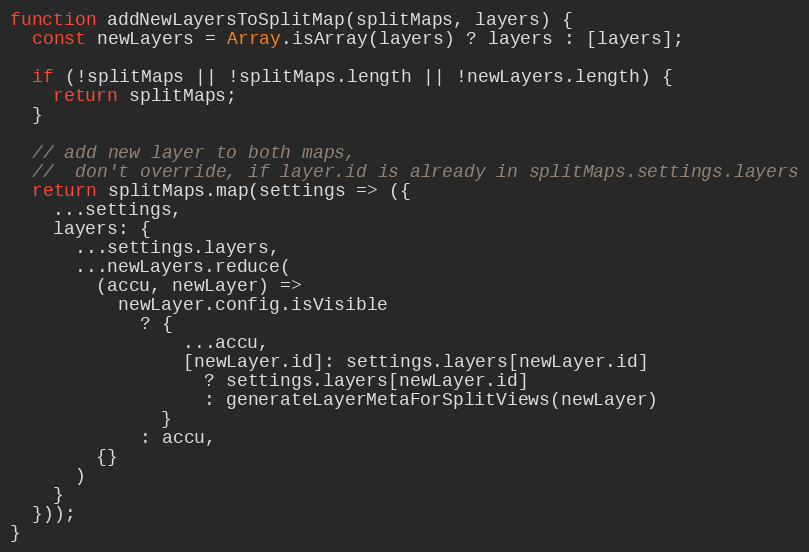
Language: JavaScript
function addNewLayersToSplitMap(splitMaps, layers) {
  const newLayers = Array.isArray(layers) ? layers : [layers];

  if (!splitMaps || !splitMaps.length || !newLayers.length) {
    return splitMaps;
  }

  // add new layer to both maps,
  //  don't override, if layer.id is already in splitMaps.settings.layers
  return splitMaps.map(settings => ({
    ...settings,
    layers: {
      ...settings.layers,
      ...newLayers.reduce(
        (accu, newLayer) =>
          newLayer.config.isVisible
            ? {
                ...accu,
                [newLayer.id]: settings.layers[newLayer.id]
                  ? settings.layers[newLayer.id]
                  : generateLayerMetaForSplitViews(newLayer)
              }
            : accu,
        {}
      )
    }
  }));
}